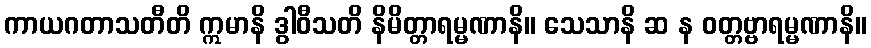
ကာယဂတာသတီတိ ဣမာနိ ဒွါဝီသတိ နိမိတ္တာရမ္မဏာနိ။ သေသာနိ ဆ န ဝတ္တဗ္ဗာရမ္မဏာနိ။